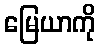
မြေယာကို